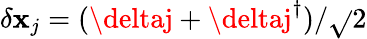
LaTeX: \delta\mathbf{x}_{j}=(\deltaj+\deltaj^{\dagger})/\sqrt{}{{2}}